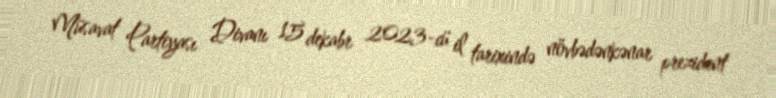
Müsavat Partiyası Divanı 15 dekabr 2023-cü il tarixində növbədənkənar prezident